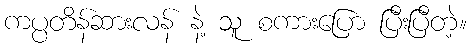
ကပ္ပတိန်ဆားလန် နဲ့ သူ စကားပြော ပြီးပြီတဲ့။